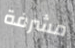
مشرفة